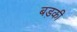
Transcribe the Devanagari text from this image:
बड़की